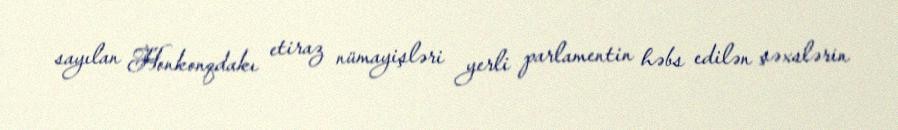
sayılan Honkonqdakı etiraz nümayişləri yerli parlamentin həbs edilən şəxslərin